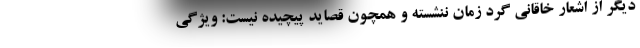
دیگر از اشعار خاقانی گرد زمان ننشسته و همچون قصاید پیچیده نیست: ویژگی